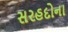
સરહદોના